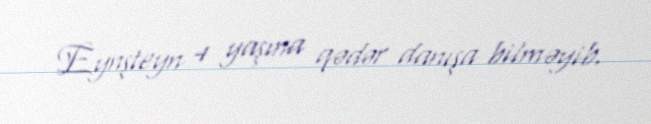
Eynşteyn 4 yaşına qədər danışa bilməyib.